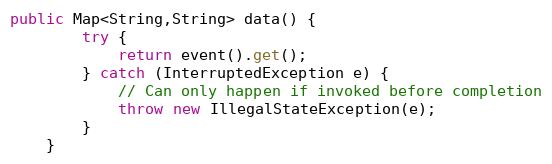
Language: Java
public Map<String,String> data() {
		try {
			return event().get();
		} catch (InterruptedException e) {
			// Can only happen if invoked before completion
			throw new IllegalStateException(e);
		}
	}